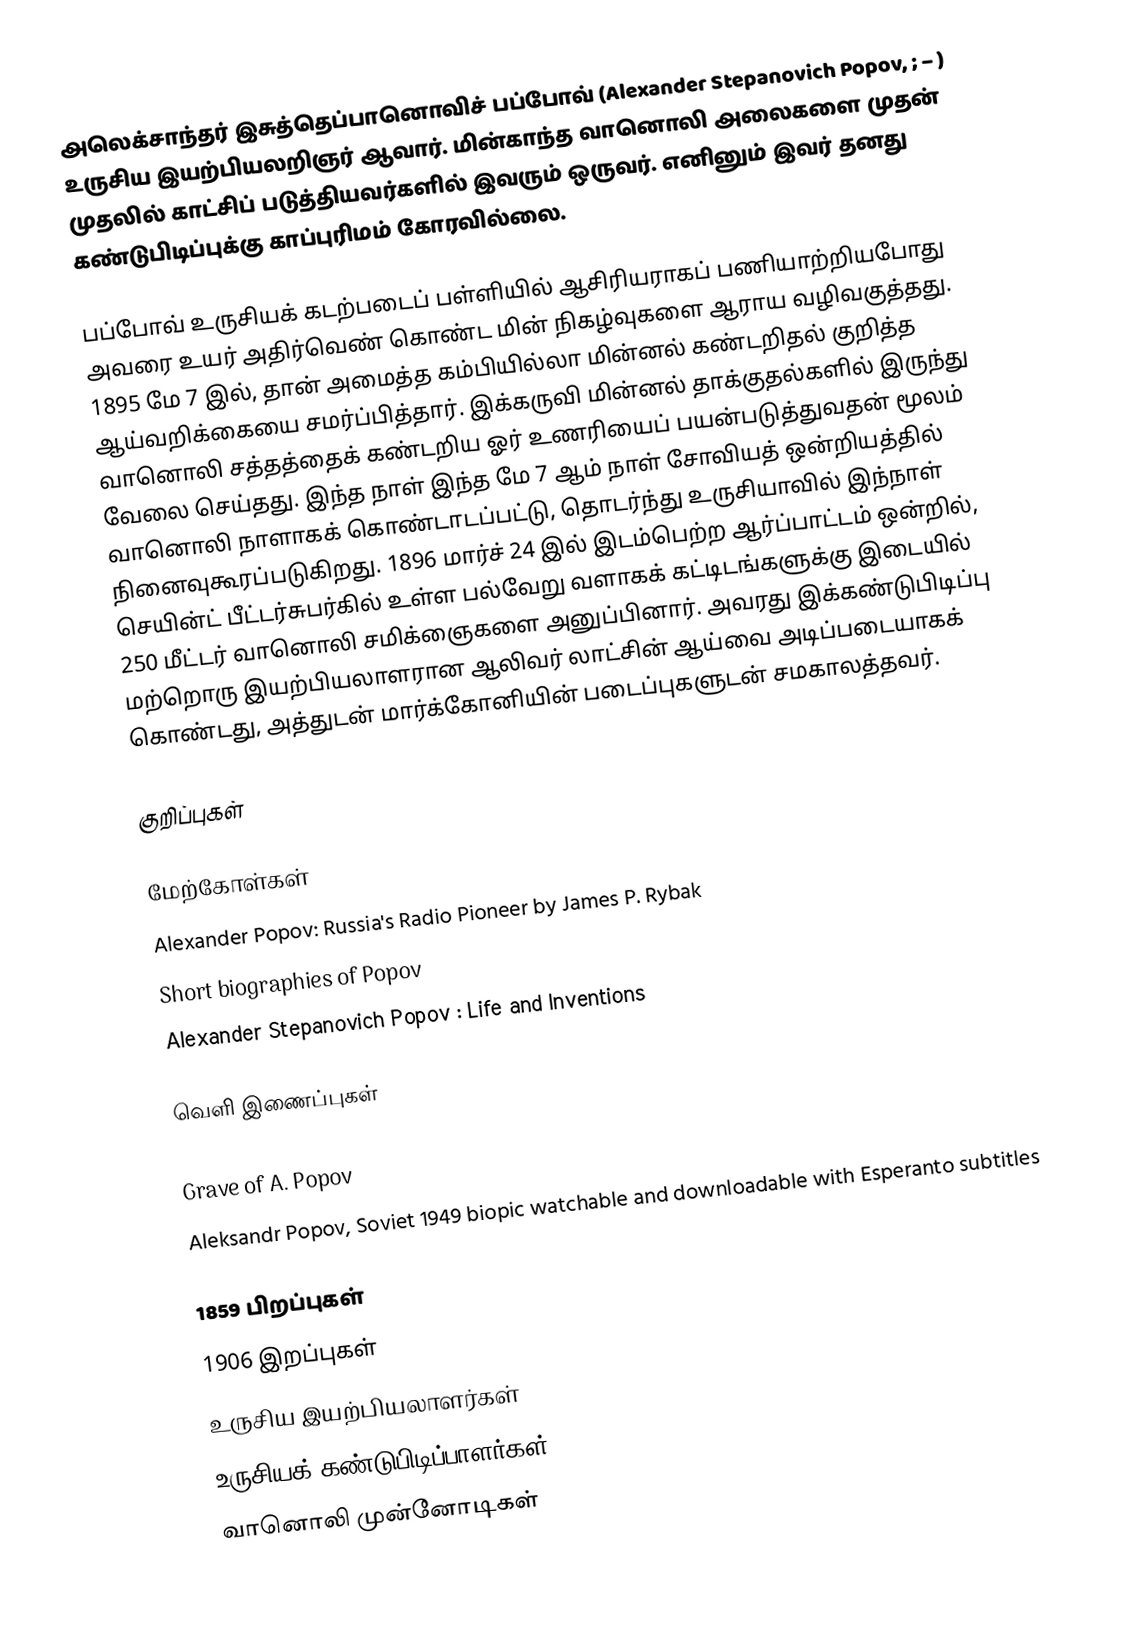
அலெக்சாந்தர் இசுத்தெப்பானொவிச் பப்போவ் (Alexander Stepanovich Popov, ;  – ) உருசிய இயற்பியலறிஞர் ஆவார். மின்காந்த வானொலி அலைகளை முதன் முதலில் காட்சிப் படுத்தியவர்களில் இவரும் ஒருவர். எனினும் இவர் தனது கண்டுபிடிப்புக்கு காப்புரிமம் கோரவில்லை.

பப்போவ் உருசியக் கடற்படைப் பள்ளியில் ஆசிரியராகப் பணியாற்றியபோது அவரை உயர் அதிர்வெண் கொண்ட மின் நிகழ்வுகளை ஆராய வழிவகுத்தது. 1895 மே 7 இல், தான் அமைத்த கம்பியில்லா மின்னல் கண்டறிதல் குறித்த ஆய்வறிக்கையை சமர்ப்பித்தார். இக்கருவி மின்னல் தாக்குதல்களில் இருந்து வானொலி சத்தத்தைக் கண்டறிய ஓர் உணரியைப் பயன்படுத்துவதன் மூலம் வேலை செய்தது. இந்த நாள் இந்த மே 7 ஆம் நாள் சோவியத் ஒன்றியத்தில் வானொலி நாளாகக் கொண்டாடப்பட்டு, தொடர்ந்து உருசியாவில் இந்நாள் நினைவுகூரப்படுகிறது. 1896 மார்ச் 24 இல் இடம்பெற்ற ஆர்ப்பாட்டம் ஒன்றில், செயின்ட் பீட்டர்சுபர்கில் உள்ள பல்வேறு வளாகக் கட்டிடங்களுக்கு இடையில் 250 மீட்டர் வானொலி சமிக்ஞைகளை அனுப்பினார். அவரது இக்கண்டுபிடிப்பு மற்றொரு இயற்பியலாளரான ஆலிவர் லாட்சின் ஆய்வை அடிப்படையாகக் கொண்டது, அத்துடன் மார்க்கோனியின் படைப்புகளுடன் சமகாலத்தவர்.

குறிப்புகள்

மேற்கோள்கள்
 Alexander Popov: Russia's Radio Pioneer  by James P. Rybak
 Short biographies of Popov
 Alexander Stepanovich Popov : Life and Inventions

வெளி இணைப்புகள்

 Grave of A. Popov
 Aleksandr Popov, Soviet 1949 biopic watchable and downloadable with Esperanto subtitles

1859 பிறப்புகள்
1906 இறப்புகள்
உருசிய இயற்பியலாளர்கள்
உருசியக் கண்டுபிடிப்பாளர்கள்
வானொலி முன்னோடிகள்